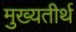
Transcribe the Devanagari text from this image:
मुख्यतीर्थ